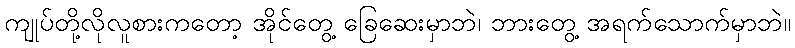
ကျုပ်တို့လိုလူစားကတော့ အိုင်တွေ့ ခြေဆေးမှာဘဲ၊ ဘားတွေ့ အရက်သောက်မှာဘဲ။